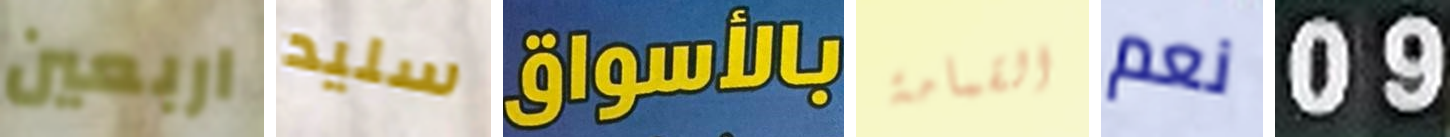
اربعين سليد بالأسواق القمامة نعم 09